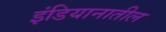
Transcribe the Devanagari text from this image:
इंडियानातील